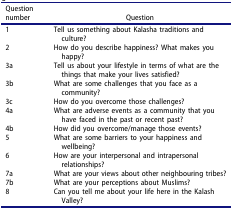
<table><thead><tr><td><b>Question number</b></td><td><b>Question</b></td></tr></thead><tbody><tr><td>1</td><td>Tell us something about Kalasha traditions and culture?</td></tr><tr><td>2</td><td>How do you describe happiness? What makes you happy?</td></tr><tr><td>3a</td><td>Tell us about your lifestyle in terms of what are the things that make your lives satisfied?</td></tr><tr><td>3b</td><td>What are some challenges that you face as a community?</td></tr><tr><td>3c</td><td>How do you overcome those challenges?</td></tr><tr><td>4a</td><td>What are adverse events as a community that you have faced in the past or recent past?</td></tr><tr><td>4b</td><td>How did you overcome/manage those events?</td></tr><tr><td>5</td><td>What are some barriers to your happiness and wellbeing?</td></tr><tr><td>6</td><td>How are your interpersonal and intrapersonal relationships?</td></tr><tr><td>7a</td><td>What are your views about other neighbouring tribes?</td></tr><tr><td>7b</td><td>What are your perceptions about Muslims?</td></tr><tr><td>8</td><td>Can you tell me about your life here in the Kalash Valley?</td></tr></tbody></table>